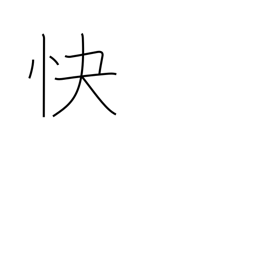
Meaning: cheerful